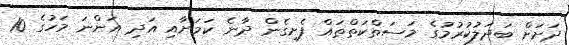
ދަށަށް ބަދަލުކުރުމުގެ މަސަތްކަތްތައް ފެށިގެން ދާނެ ކަމަށާއި އަދި އަންނަ މަހުގެ 10